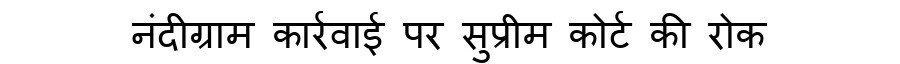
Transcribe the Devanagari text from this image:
नंदीग्राम कार्रवाई पर सुप्रीम कोर्ट की रोक